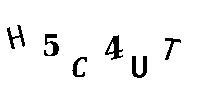
H5C4UT